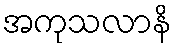
အကုသလာနိ